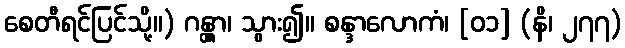
စေတီရင်ပြင်သို့။) ဂန္တွာ၊ သွား၍။ စန္ဒာလောကံ၊ [၀၁] (နိ၊ ၂၇၇)